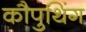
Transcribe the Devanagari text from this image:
कौपुथिंग